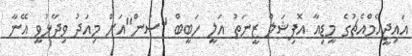
އައިޖީއެމްއެޗުގެ މީޑިއާ އޮފިޝަލް ޒީނަތު އަލީ ހަބީބް "ސަން"އަށް މިއަދު ވިދާޅުވީ އޭނާ